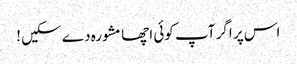
اس پر اگر آپ کوئی اچھا مشورہ دے سکیں !